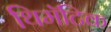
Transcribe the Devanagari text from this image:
थिमॅटिक